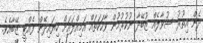
ދެން އިތުރު ސުވާލެއް ޒުބޭދާ ނުކުރުމުން ވާހަކަތައް އަމިއްލައަށް ކިޔައިދޭން ފެއްޓީ ޒޭބާއެވެ.